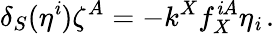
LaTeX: \delta_{S}(\eta^{\mathit{i}})\zeta^{A}=-k^{X}f_{X}^{\mathit{i}A}\eta_{\mathit{i}}\, .